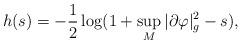
LaTeX: \begin{align*} h(s) = - \frac{1}{2} \log (1+ \sup_M |\partial \varphi|^2_g - s),\end{align*}